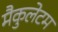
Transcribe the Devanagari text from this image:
मैकुलेटम